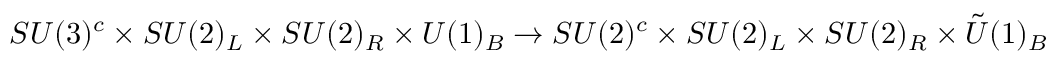
S U ( 3 ) ^ { c } \times S U ( 2 ) _ { L } \times S U ( 2 ) _ { R } \times U ( 1 ) _ { B } \rightarrow S U ( 2 ) ^ { c } \times S U ( 2 ) _ { L } \times S U ( 2 ) _ { R } \times { \tilde { U } } ( 1 ) _ { B }